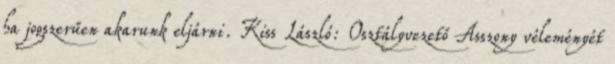
ha jogszerűen akarunk eljárni. Kiss László: Osztályvezető Asszony véleményét